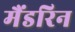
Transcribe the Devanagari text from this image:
मैंडरिन